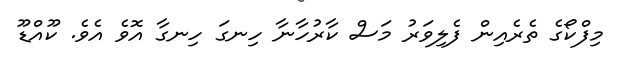
މިފްކޯގެ ތެރެއިން ފެލިވަރު މަސް ކާރުހާނާ ހިނގަ ހިނގާ އޮވެ އެވެ. ކޫއްޑޫ